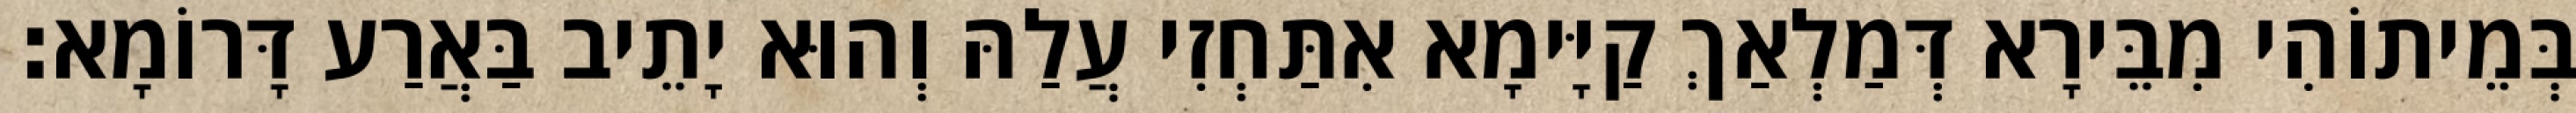
בְּמֵיתוֹהִי מִבֵּירָא דְּמַלְאַךְ קַיָּימָא אִתַּחְזִי עֲלַהּ וְהוּא יָתֵיב בַּאֲרַע דָּרוֹמָא׃